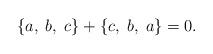
LaTeX: \begin{align*}\{a,\;b,\;c\}+\{c,\;b,\;a\}=0. \end{align*}